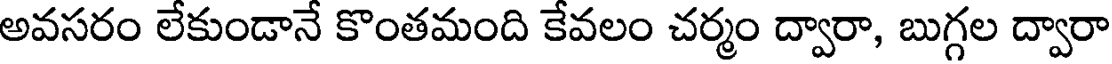
అవసరం లేకుండానే కొంతమంది కేవలం చర్మం ద్వారా, బుగ్గల ద్వారా